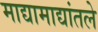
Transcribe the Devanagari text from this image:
माद्यामाद्यांतले